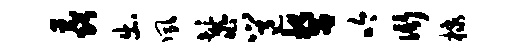
毳出夙鬣邕誓吟衙棣